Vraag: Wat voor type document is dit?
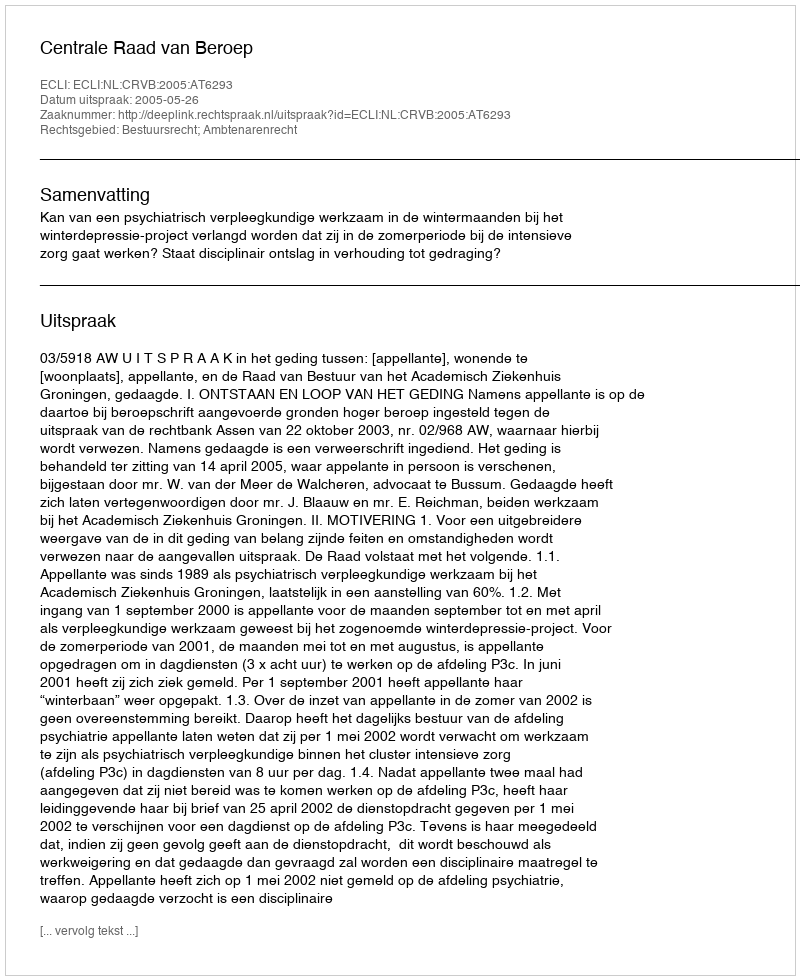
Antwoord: Uitspraak